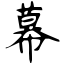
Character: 幕